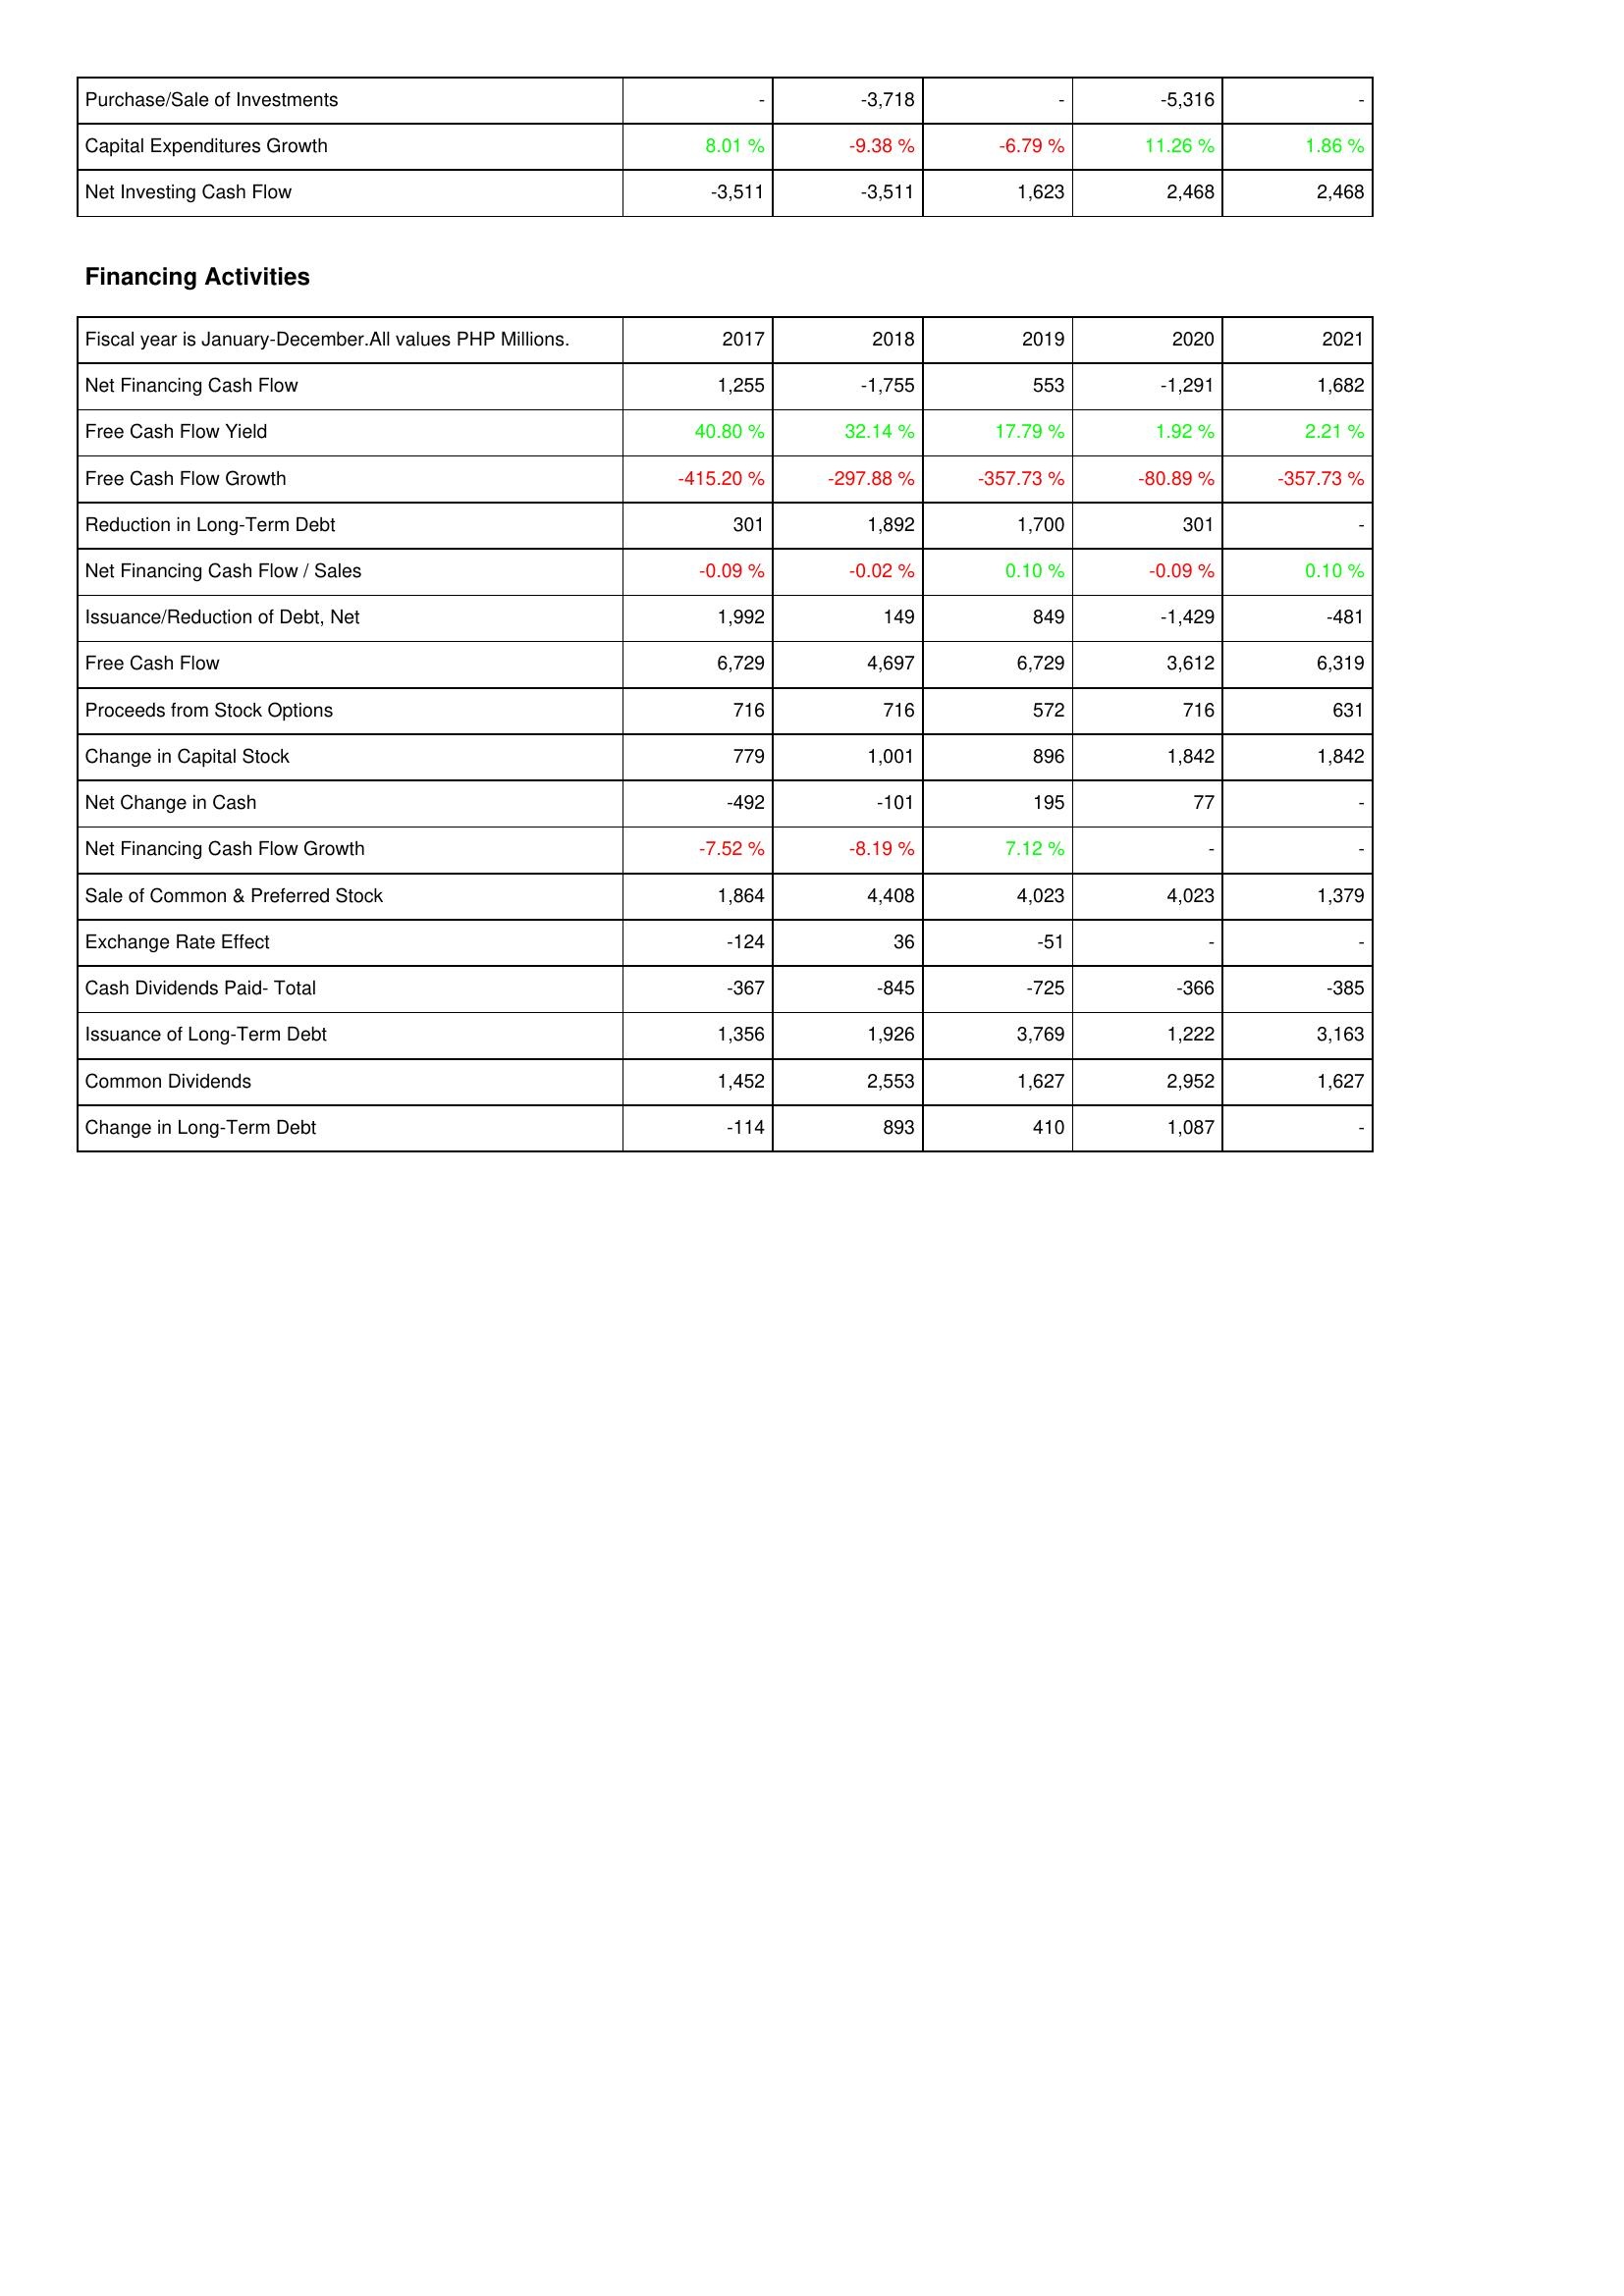
2017: Investing Activities: Purchase/Sale of Investments: -
Capital Expenditures Growth: 8.01 %
Net Investing Cash Flow: -3,511
Financing Activities: Net Financing Cash Flow: 1,255
Free Cash Flow Yield: 40.80 %
Free Cash Flow Growth: -415.20 %
Reduction in Long-Term Debt: 301
Net Financing Cash Flow / Sales: -0.09 %
Issuance/Reduction of Debt, Net: 1,992
Free Cash Flow: 6,729
Proceeds from Stock Options: 716
Change in Capital Stock: 779
Net Change in Cash: -492
Net Financing Cash Flow Growth: -7.52 %
Sale of Common & Preferred Stock: 1,864
Exchange Rate Effect: -124
Cash Dividends Paid- Total: -367
Issuance of Long-Term Debt: 1,356
Common Dividends: 1,452
Change in Long-Term Debt: -114
2018: Investing Activities: Purchase/Sale of Investments: -3,718
Capital Expenditures Growth: -9.38 %
Net Investing Cash Flow: -3,511
Financing Activities: Net Financing Cash Flow: -1,755
Free Cash Flow Yield: 32.14 %
Free Cash Flow Growth: -297.88 %
Reduction in Long-Term Debt: 1,892
Net Financing Cash Flow / Sales: -0.02 %
Issuance/Reduction of Debt, Net: 149
Free Cash Flow: 4,697
Proceeds from Stock Options: 716
Change in Capital Stock: 1,001
Net Change in Cash: -101
Net Financing Cash Flow Growth: -8.19 %
Sale of Common & Preferred Stock: 4,408
Exchange Rate Effect: 36
Cash Dividends Paid- Total: -845
Issuance of Long-Term Debt: 1,926
Common Dividends: 2,553
Change in Long-Term Debt: 893
2019: Investing Activities: Purchase/Sale of Investments: -
Capital Expenditures Growth: -6.79 %
Net Investing Cash Flow: 1,623
Financing Activities: Net Financing Cash Flow: 553
Free Cash Flow Yield: 17.79 %
Free Cash Flow Growth: -357.73 %
Reduction in Long-Term Debt: 1,700
Net Financing Cash Flow / Sales: 0.10 %
Issuance/Reduction of Debt, Net: 849
Free Cash Flow: 6,729
Proceeds from Stock Options: 572
Change in Capital Stock: 896
Net Change in Cash: 195
Net Financing Cash Flow Growth: 7.12 %
Sale of Common & Preferred Stock: 4,023
Exchange Rate Effect: -51
Cash Dividends Paid- Total: -725
Issuance of Long-Term Debt: 3,769
Common Dividends: 1,627
Change in Long-Term Debt: 410
2020: Investing Activities: Purchase/Sale of Investments: -5,316
Capital Expenditures Growth: 11.26 %
Net Investing Cash Flow: 2,468
Financing Activities: Net Financing Cash Flow: -1,291
Free Cash Flow Yield: 1.92 %
Free Cash Flow Growth: -80.89 %
Reduction in Long-Term Debt: 301
Net Financing Cash Flow / Sales: -0.09 %
Issuance/Reduction of Debt, Net: -1,429
Free Cash Flow: 3,612
Proceeds from Stock Options: 716
Change in Capital Stock: 1,842
Net Change in Cash: 77
Net Financing Cash Flow Growth: -
Sale of Common & Preferred Stock: 4,023
Exchange Rate Effect: -
Cash Dividends Paid- Total: -366
Issuance of Long-Term Debt: 1,222
Common Dividends: 2,952
Change in Long-Term Debt: 1,087
2021: Investing Activities: Purchase/Sale of Investments: -
Capital Expenditures Growth: 1.86 %
Net Investing Cash Flow: 2,468
Financing Activities: Net Financing Cash Flow: 1,682
Free Cash Flow Yield: 2.21 %
Free Cash Flow Growth: -357.73 %
Reduction in Long-Term Debt: -
Net Financing Cash Flow / Sales: 0.10 %
Issuance/Reduction of Debt, Net: -481
Free Cash Flow: 6,319
Proceeds from Stock Options: 631
Change in Capital Stock: 1,842
Net Change in Cash: -
Net Financing Cash Flow Growth: -
Sale of Common & Preferred Stock: 1,379
Exchange Rate Effect: -
Cash Dividends Paid- Total: -385
Issuance of Long-Term Debt: 3,163
Common Dividends: 1,627
Change in Long-Term Debt: -